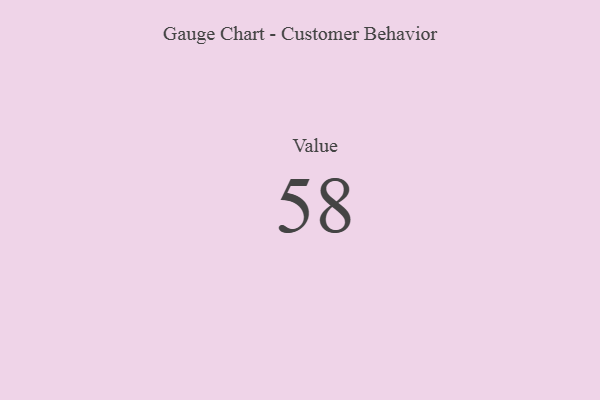
{"axis": {"x": "Metric", "y": "Value"}, "legend": [""], "data": [{"x": "Value", "y": 58, "type": ""}]}